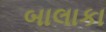
બાલાકા